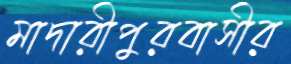
মাদারীপুরবাসীর